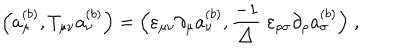
\Big ( a _ { \mu } ^ { ( b ) } , T _ { \mu \nu } a _ { \nu } ^ { ( b ) } \Big ) = \Big ( \varepsilon _ { \mu \nu } \partial _ { \mu } a _ { \nu } ^ { ( b ) } , \frac { - 1 } { \triangle } \; \varepsilon _ { \rho \sigma } \partial _ { \rho } a _ { \sigma } ^ { ( b ) } \Big ) \; ,